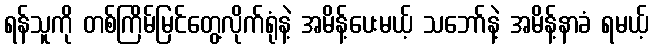
ရန်သူကို တစ်ကြိမ်မြင်တွေ့လိုက်ရုံနဲ့ အမိန့်ပေးမယ့် သဘော်နဲ့ အမိန့်နာခံ ရမယ့်